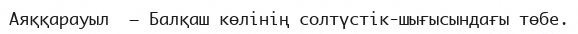
Аяққарауыл  – Балқаш көлінің солтүстік-шығысындағы төбе.